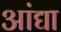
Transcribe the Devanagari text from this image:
आंद्या